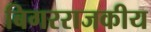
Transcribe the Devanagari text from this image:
बिगरराजकीय